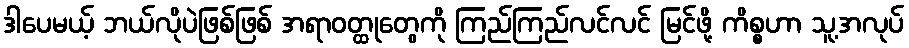
ဒါပေမယ့် ဘယ်လိုပဲဖြစ်ဖြစ် အရာဝတ္ထုတွေကို ကြည်ကြည်လင်လင် မြင်ဖို့ ကိစ္စဟာ သူ့အလုပ်